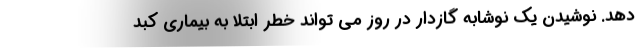
دهد. نوشیدن یک نوشابه گازدار در روز می تواند خطر ابتلا به بیماری کبد